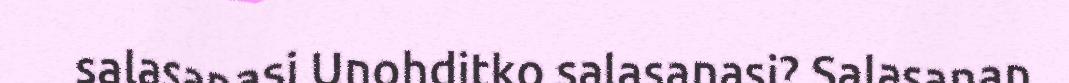
salasanasi Unohditko salasanasi? Salasanan